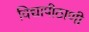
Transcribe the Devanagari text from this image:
विद्यापीठाणी